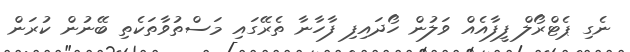
ނެގި ޕެޓްރޯލް ފީފާއެއް ވަލުން ހޯދައިފި ފާހާނާ ތެރޭގައި މަސްތުވާތަކެތި ބޭނުން ކުރަން